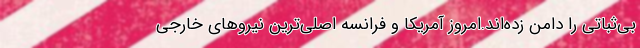
بی‌ثباتی را دامن زده‌اند.امروز آمریکا و فرانسه اصلی‌ترین نیروهای خارجی